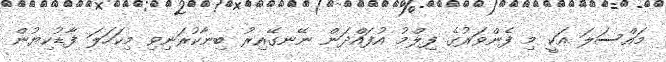
މައްސަލަ އަކީ މި ފެންވަރުގެ ފިލްމު އުފައްދަން ނޭނގޭއިރު ބިނާކުރަނިވި މިކަހަލަ ފާޑުކިޔުން